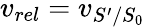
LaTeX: v_{rel}=v_{S^{\prime}/S_{0}}